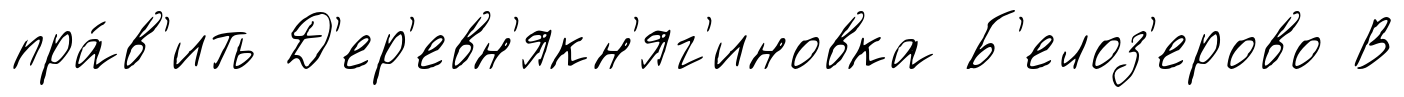
пра́в'ить Д'ер'евн'якн'яг'иновка Б'елоз'ерово В